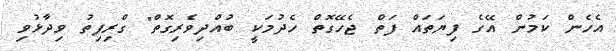
އެހެން ކަމުން އޭގެ ފިޔަތައް ފަތް ޖެހޭގޮތް ހެދުމަކީ ބުއްދިވެރިގޮތް" ގްރިފިތު ވިދާޅުވި